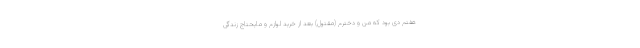
هفتم دی بود که من و دخترم (مقتول) بعد از خرید لوازم و مایحتاج زندگی